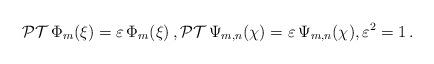
LaTeX: \begin{align*}\mathcal{PT}\, \Phi_m(\xi) = \varepsilon\, \Phi_m(\xi)\, , \mathcal{PT}\, \Psi_{m,n}(\chi) = \varepsilon\, \Psi_{m,n}(\chi) ,\varepsilon^2=1 \, .\end{align*}